Malaria in the Punjab - Number 46
Disease focus: Malaria
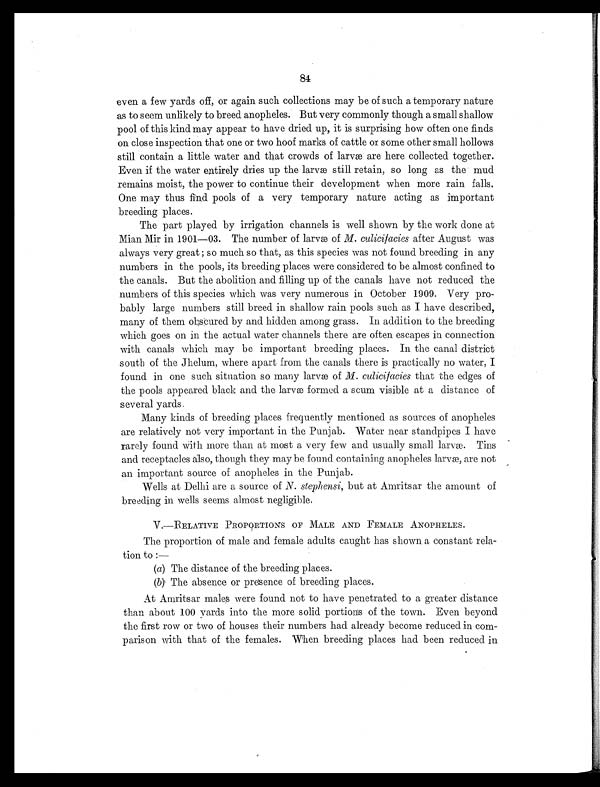
84
even a few yards off, or again such collections may be of such a temporary nature
as to seem unlikely to breed anopheles. But very commonly though a small shallow
pool of this kind may appear to have dried up, it is surprising how often one finds
on close inspection that one or two hoof marks of cattle or some other small hollows
still contain a little water and that crowds of larva are here collected together.
Even if the water entirely dries up the larva still retain, so long as the mud
remains moist, the power to continue their development when more rain falls.
One may thus find pools of a very temporary nature acting as important
breeding places.
The part played by irrigation channels is well shown by the work done at
Mian Mir in 1901—03. The number of larvæ of M. culicifacies after August was
always very great ; so much so that, as this species was not found breeding in any
numbers in the pools, its breeding places were considered to be almost confined to
the canals. But the abolition and filling up of the canals have not reduced the
numbers of this species which was very numerous in October 1909. Very pro-
bably large numbers still breed in shallow rain pools such as I have described,
many of them obscured by and hidden among grass. In addition to the breeding
which goes on in the actual water channels there are often escapes in connection
with canals which may be important breeding places. In the canal district
south of the Jhelum, where apart from the canals there is practically no water, I
found in one such situation so many larvæ of M. culicifacies that the edges of
the pools appeared black and the larva formed a scum visible at a distance of
several yards.
Many kinds of breeding places frequently mentioned as sources of anopheles
are relatively not very important in the Punjab. Water near standpipes I have
rarely found with more than at most a very few and usually small larva. Tins
and receptacles also, though they may be found containing anopheles larva, are not
an important source of anopheles in the Punjab.
Wells at Delhi are a source of N. stephensi, but at Amritsar the amount of
breeding in wells seems almost negligible.
V.—RELATIVE PROPORTIONS OF MALE AND FEMALE ANOPHELES.
The proportion of male and female adults caught has shown a constant rela-
tion to :
—
(a) The distance of the breeding places.
(b) The absence or presence of breeding places.
At Amritsar males were found not to have penetrated to a greater distance
than about 100 yards into the more solid portions of the town. Even beyond
the first row or two of houses their numbers had already become reduced in com-
parison with that of the females. When breeding places had been reduced in